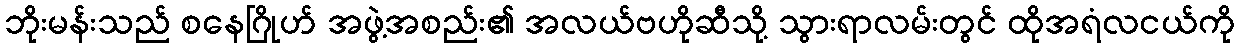
ဘိုးမန်းသည် စနေဂြိုဟ် အဖွဲ့အစည်း၏ အလယ်ဗဟိုဆီသို့ သွားရာလမ်းတွင် ထိုအရံလငယ်ကို